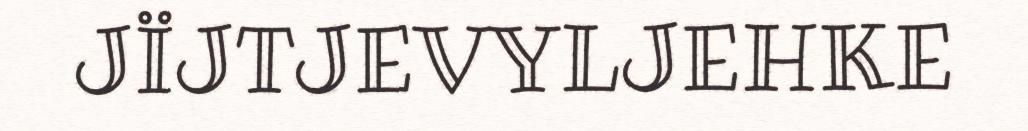
JÏJTJEVYLJEHKE